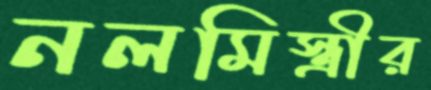
নলমিস্ত্রীর